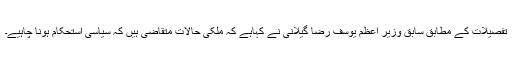
تفصیلات کے مطابق سابق وزیر اعظم یوسف رضا گیلانی نے کہاہے کہ ملکی حالات متقاضی ہیں کہ سیاسی استحکام ہونا چاہیے۔